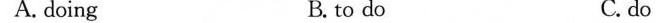
A. doing B.to do C. do